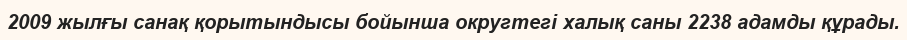
2009 жылғы санақ қорытындысы бойынша округтегі халық саны 2238 адамды құрады.